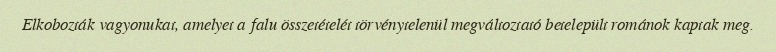
Elkobozták vagyonukat, amelyet a falu összetételét törvénytelenül megváltoztató betelepült románok kaptak meg.